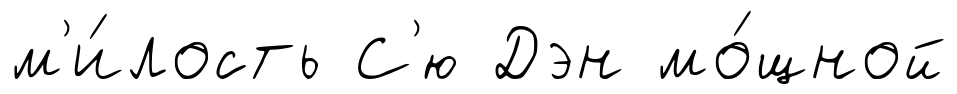
м'и́лость С'ю Дэн мо́щной